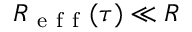
R _ { \mathrm { ~ e ~ f ~ f ~ } } ( \tau ) \ll R